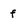
Character: f